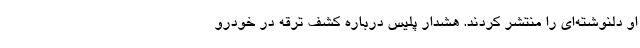
او دلنوشته‌ای را منتشر کردند. هشدار پلیس درباره کشف ترقه در خودرو